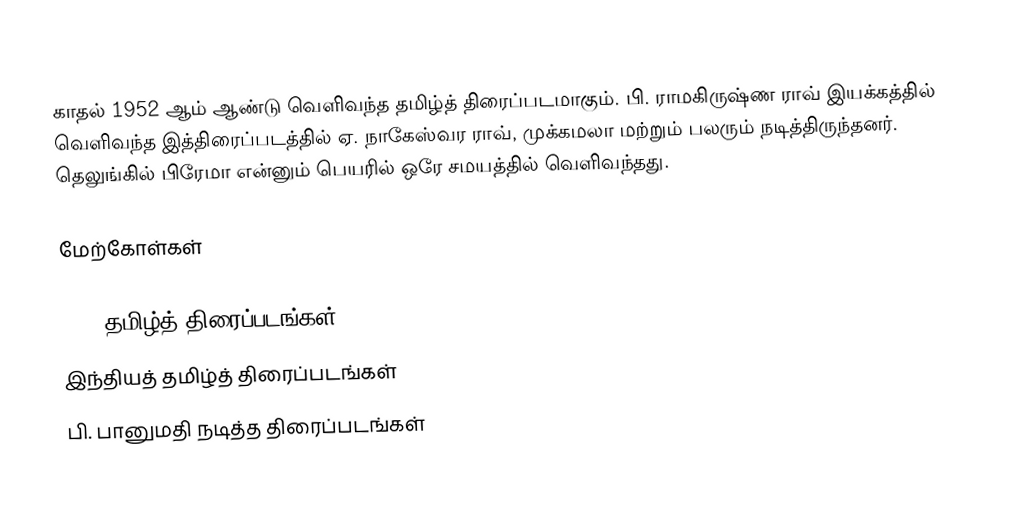
காதல் 1952 ஆம் ஆண்டு வெளிவந்த தமிழ்த் திரைப்படமாகும். பி. ராமகிருஷ்ண ராவ் இயக்கத்தில் வெளிவந்த இத்திரைப்படத்தில் ஏ. நாகேஸ்வர ராவ், முக்கமலா மற்றும் பலரும் நடித்திருந்தனர். தெலுங்கில் பிரேமா என்னும் பெயரில் ஒரே சமயத்தில் வெளிவந்தது.

மேற்கோள்கள்

1952 தமிழ்த் திரைப்படங்கள்
இந்தியத் தமிழ்த் திரைப்படங்கள்
பி. பானுமதி நடித்த திரைப்படங்கள்